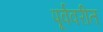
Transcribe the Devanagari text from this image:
पूर्ववरीत